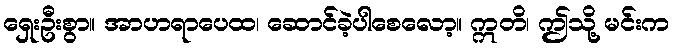
ရှေးဦးစွာ။ အာဟရာပေထ၊ ဆောင်ခဲ့ပါစေလော့။ ဣတိ၊ ဤသို့ မင်းက